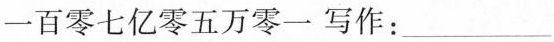
一百零七亿零五万零一写作：___